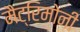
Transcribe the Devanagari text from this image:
मैट्रिमोनी